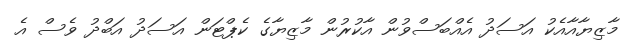
މާޒިޔާއާއެކު އަސަދު އެއްބަސްވުން އާކުރުން މާޒިޔާގެ ކެޕްޓަން އަސަދު އަބްދު ވެސް އެ